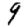
Digit: 9